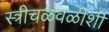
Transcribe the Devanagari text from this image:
स्त्रीचळवळीशी